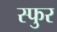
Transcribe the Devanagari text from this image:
स्‍फुर